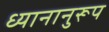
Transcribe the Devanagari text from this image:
ध्यानानुरूप